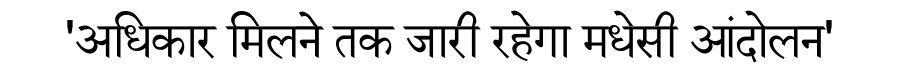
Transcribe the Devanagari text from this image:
'अधिकार मिलने तक जारी रहेगा मधेसी आंदोलन'